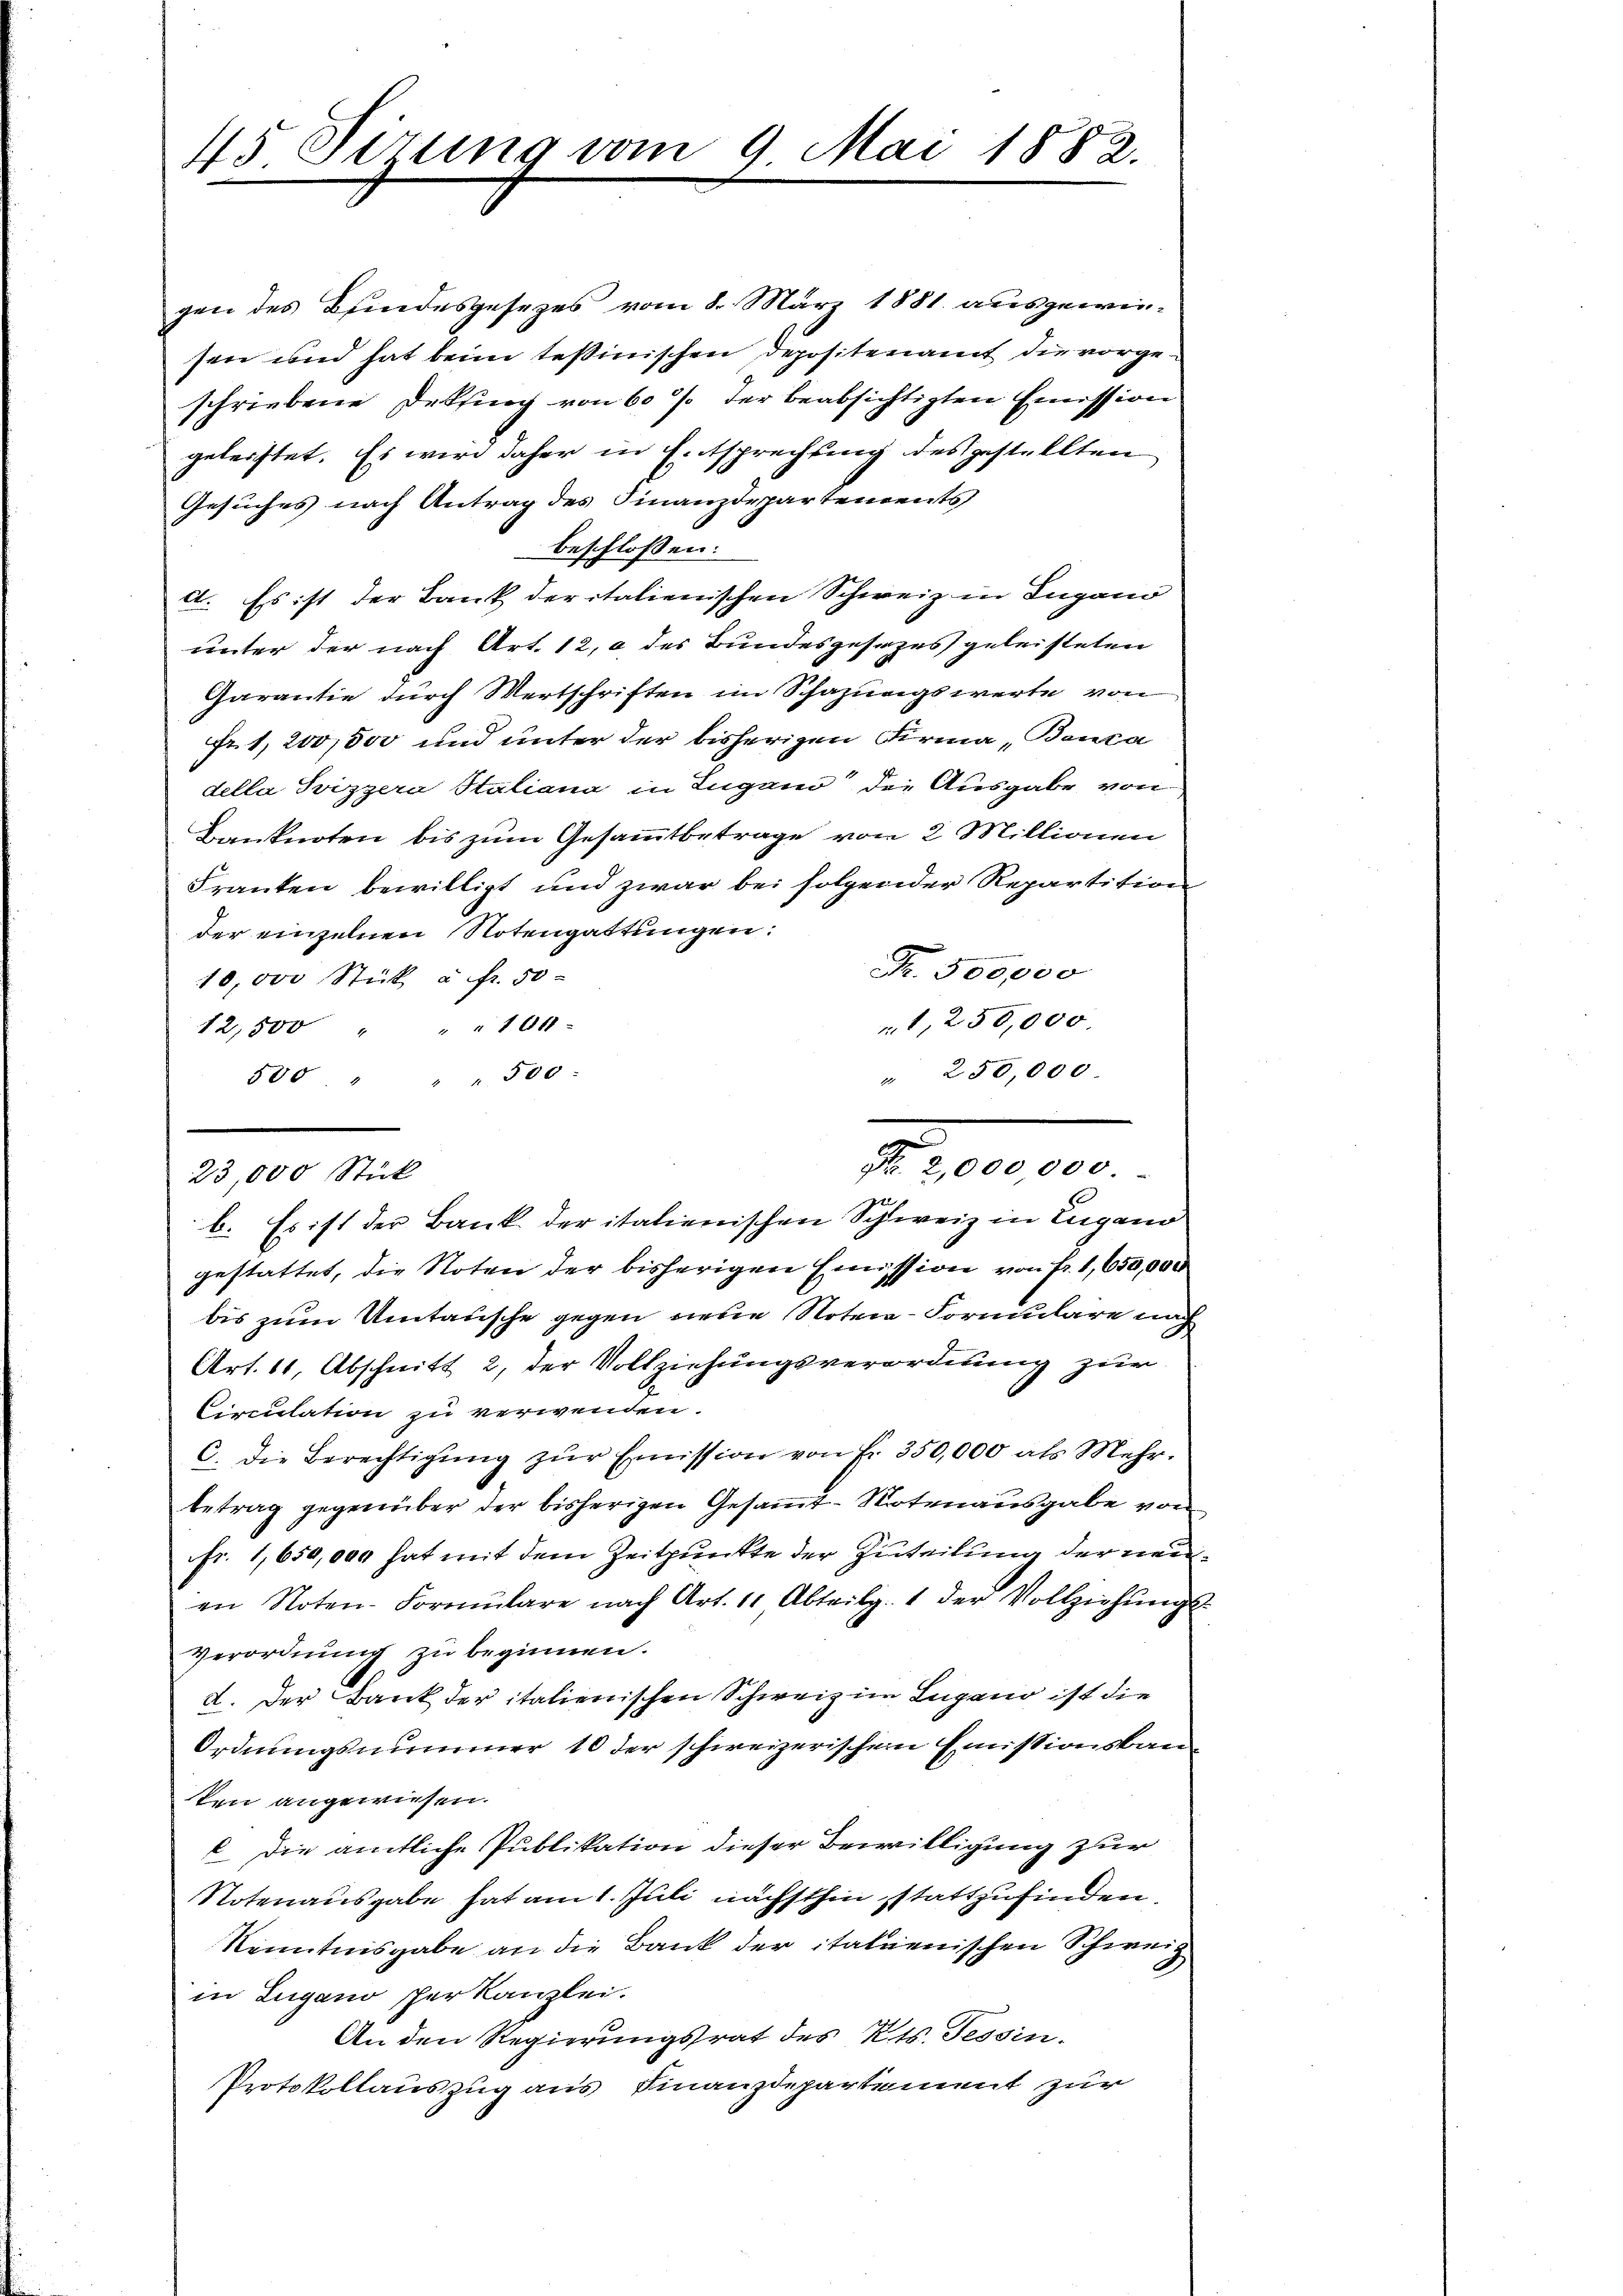
45. Sirung vom 9. Mai 1882.

gen des Bundesgesezes vom 8. März 1881 ausgewiesen und hat beim tessinischen Depositenamt die vorgeschriebene Deksing von 60 % der beabsichtigten Emission
geleistet. Es wird daher in Entsprechung des gestellten
Gesuches nach Antrag des Finanzdepartements
beschlossen:
C. Es ist der Bank der italienischen Schweiz in Ingano
unter der nach Art. 12, a des Bundesgesezes geleisteten
Garantie durch Wertschriften im Schazungswerte von
Fr. 1, 200,000 und unter der bisherigen Firma „Benca
della Svizzera Staliana in Lugano die Ausgabe von
Banknoten bis zum Gesammtbetrage von 2 Millionen
Franten bewilligt und zwar bei folgender Repartition
der einzelnen Notengattungen:
Fr. 500,000
10,000 Stück u. fr. 50
t 250,000.
12,500 " " " 100
" 250,000
500 " " " 500
t
b. Es ist der Bank der italienischen Schweiz in Lugano
gestattet, die Noten der bisherigen Emission von Fr. 1,650,000
bis zum Umtausche gegen neue Notria-Formulare nach
Art. 11, Abschnitt 2, der Vollziehungsverordnung zur
Circulation zu verwenden.
C. die Berechtigŭng zŭr Emission von Fr. 350,000 als Mehr-
betrag gegenüber der bisherigen Gesaṁt-Notenausgabe von
fr. 1,650,000 hat mit dem Zeitpunkte der Zuteilung der neuen Noten-Formŭlare nach Art. 11 Abteilg. 1 der Vollziehŭngs-
Verordnung zu beginnen.
d. Der Bank der italienischen Schweiz in Lugano ist die
Ordnungsnummer 10 der schweizerischen Emissionsbau
ten angewiesen.
E. Die amtliche Publikation dieser Bewilligung zur
Notenausgabe hat am 1. Juli nächsthin stattzufinden,
Kenntnisgabe an die Bank der italienischen Schweiz
in Zugano per kanzlei.
An den Regierungsrat des Kts. Tessin.
Protokollauszug aus Finanzdepartement zur

23,000 Stück

Nr. 200 000